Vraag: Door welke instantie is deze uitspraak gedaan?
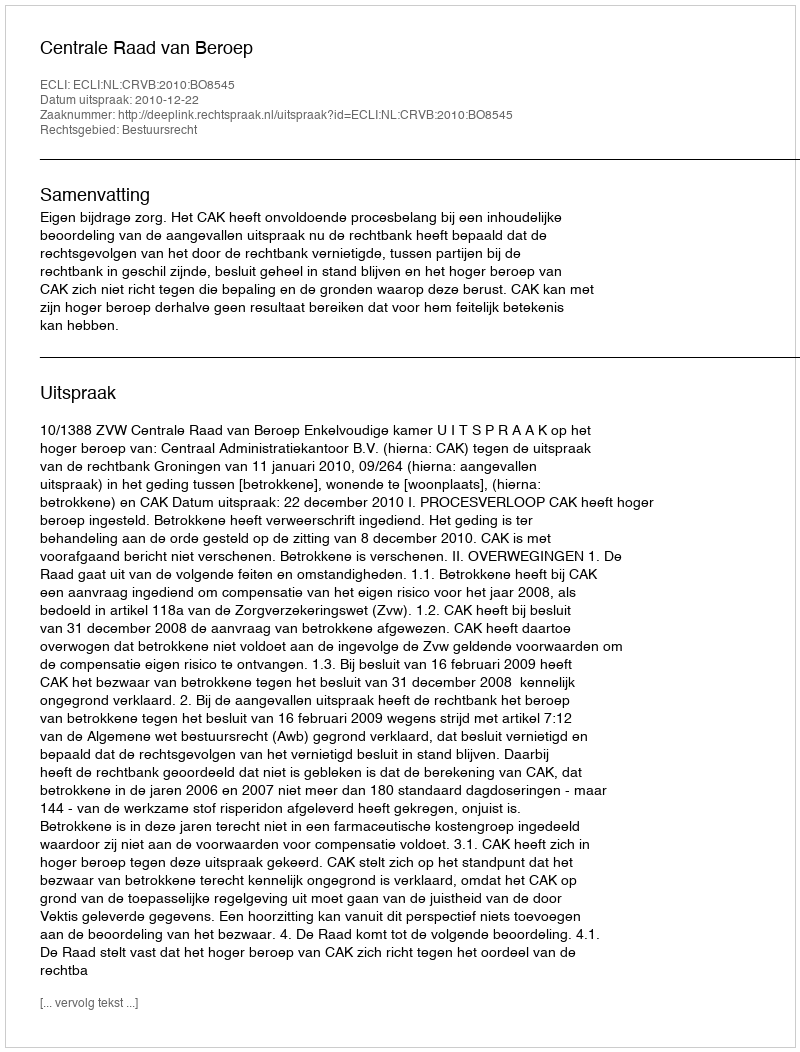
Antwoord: Centrale Raad van Beroep